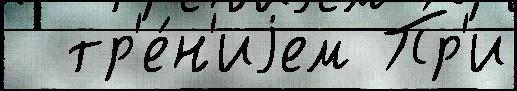
  тр'е́н'иjем Пр'и